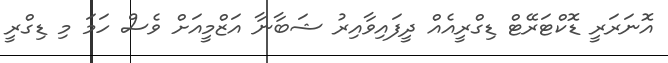
އޮނަރަރީ ޑޮކްޓަރޭޓް ޑިގްރީއެއް ދީފައިވާއިރު ޝަބާނާ އަޒްމީއަށް ވެސް ހަމަ މި ޑިގްރީ